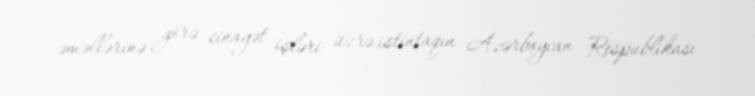
əməllərinə görə cinayət işləri üzrə istintaqın Azərbaycan Respublikası